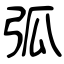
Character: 弧